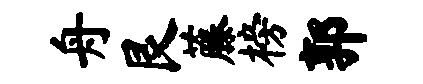
舟艮藤榜郭